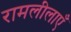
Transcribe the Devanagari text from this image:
रामलीलाएँ